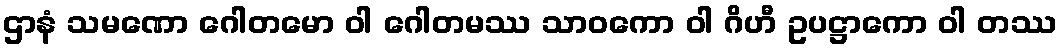
ဌာနံ သမဏော ဂေါတမော ဝါ ဂေါတမဿ သာဝကော ဝါ ဂိဟီ ဥပဋ္ဌာကော ဝါ တဿ